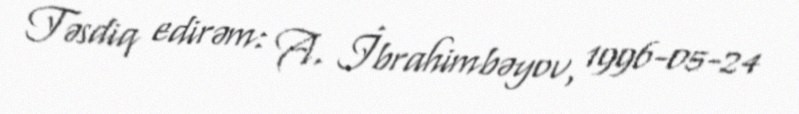
Təsdiq edirəm: A. İbrahimbəyov, 1996-05-24